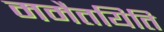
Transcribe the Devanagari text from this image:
ममैतयिति